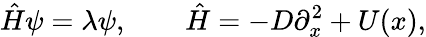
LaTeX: {\hat{H}}\psi=\lambda\psi,\qquad{\hat{H}}=-D\partial_{x}^{2}+U(x),